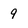
Character: 9